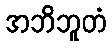
အဘိဘူတံ